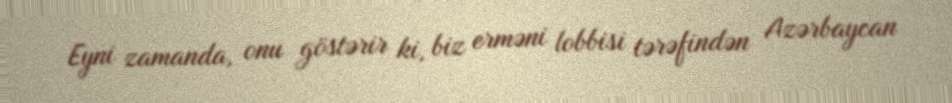
Eyni zamanda, onu göstərir ki, biz erməni lobbisi tərəfindən Azərbaycan